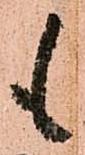
も